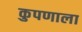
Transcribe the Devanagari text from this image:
कुपणाला